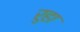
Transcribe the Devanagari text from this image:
रुहा